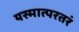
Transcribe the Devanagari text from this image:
यस्मात्परतरं